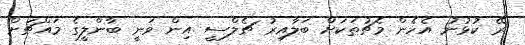
ރޭ ކުޅުނު އެހެން މެޗުތަކަށް ބަލާއިރު ޗެލްސީ އިން ވަނީ ބާންލީގެ މައްޗަށް